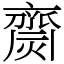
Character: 齌